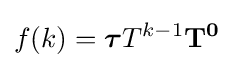
f(k)={\boldsymbol {\tau }}{T}^{k-1}\mathbf {T^{0}}